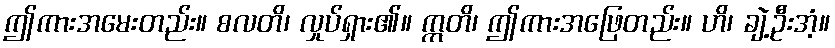
ဤကားအမေးတည်း။ စလတိ၊ လှုပ်ရှား၏။ ဣတိ၊ ဤကားအဖြေတည်း။ ဟိ၊ ချဲ့ဦးအံ့။